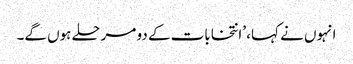
انہوں نے کہا، ’انتخابات کے دو مرحلے ہوں گے۔